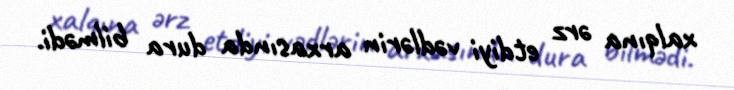
xalqına ərz etdiyi vədlərin arxasında dura bilmədi.